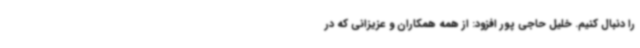
را دنبال کنیم. خلیل حاجی پور افزود: از همه همکاران و عزیزانی که در